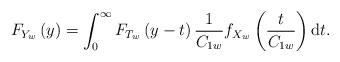
LaTeX: \begin{align*}{F_{Y_w}}\left( y \right) = \int_0^\infty {{F_{T_w}}\left( {y - t} \right)\frac{1}{{{C_{1w}}}}{f_{X_w}}\left( {\frac{t}{{{C_{1w}}}}} \right){\rm d}t}.\end{align*}